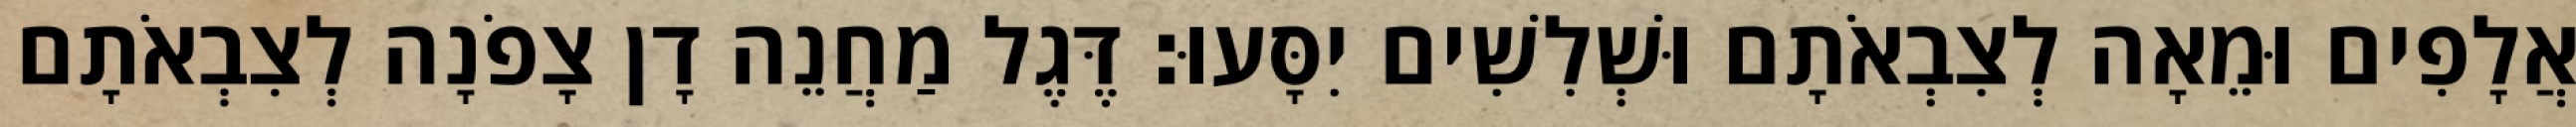
אֲלָפִים וּמֵאָה לְצִבְאֹתָם וּשְׁלִשִׁים יִסָּעוּ׃ דֶּגֶל מַחֲנֵה דָן צָפֹנָה לְצִבְאֹתָם